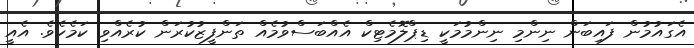
އެގައުމުން ފައިބަން ނިންމި ނިންމުމަކީ ޑިޕްލޮމެޓިކް އެއްބަސްވުމެއް ތަންފީޒުކުރަން ކުރެއްވި ކަމެކެވެ. އެއީ